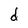
Character: d